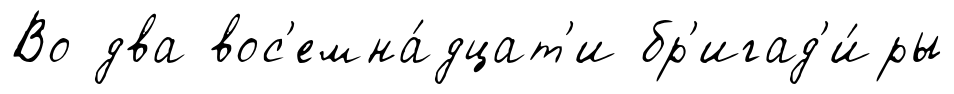
Во два вос'емна́дцат'и бр'игад'и́ры